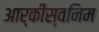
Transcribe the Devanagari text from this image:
आर्कीस्वनिम